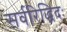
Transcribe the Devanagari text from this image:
सर्वरिद्धिदः